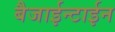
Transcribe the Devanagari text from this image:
बैजाईन्टाईन